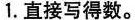
1.直接写得数。